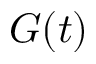
G ( t )